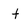
Character: f